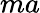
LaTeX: ma